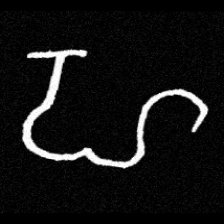
Pyu character \u2014 Myanmar letter: ဟ (romanized: ha)